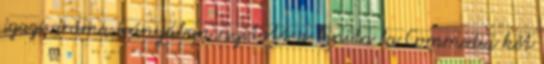
igazi dráma irányában nyitott a Finita la Commedia két